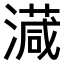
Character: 𣿎